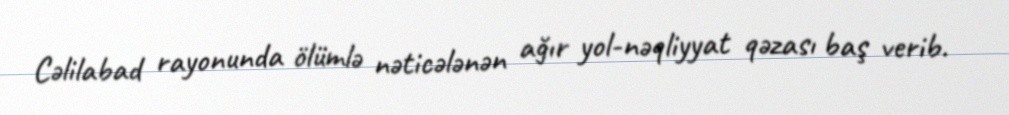
Cəlilabad rayonunda ölümlə nəticələnən ağır yol-nəqliyyat qəzası baş verib.